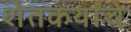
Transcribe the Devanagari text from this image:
शेतकर्यांचे